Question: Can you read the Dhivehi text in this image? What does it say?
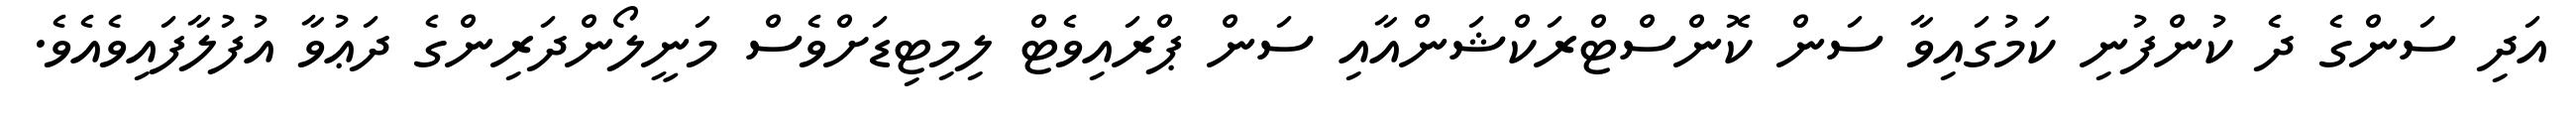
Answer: އަދި ސަންގެ ދެ ކުންފުނި ކަމުގައިވާ ސަން ކޮންސްޓްރަކްޝަންއާއި ސަން ޕްރައިވެޓް ލިމިޓިޑަށްވެސް މަނީލޯންދަރިންގެ ދަޢުވާ އުފުލާފައިވެއެވެ.